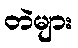
တဲများ